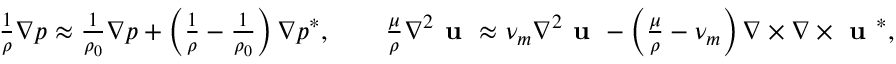
\begin{array} { r l } & { \frac { 1 } { \rho } \nabla p \approx \frac { 1 } { \rho _ { 0 } } \nabla p + \left( \frac { 1 } { \rho } - \frac { 1 } { \rho _ { 0 } } \right) \nabla p ^ { * } , \qquad \frac { \mu } { \rho } \nabla ^ { 2 } \textbf { u } \approx \nu _ { m } \nabla ^ { 2 } \textbf { u } - \left( \frac { \mu } { \rho } - \nu _ { m } \right) \nabla \times \nabla \times \textbf { u } ^ { * } , } \end{array}